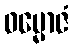
ဓမ္မောဇံ